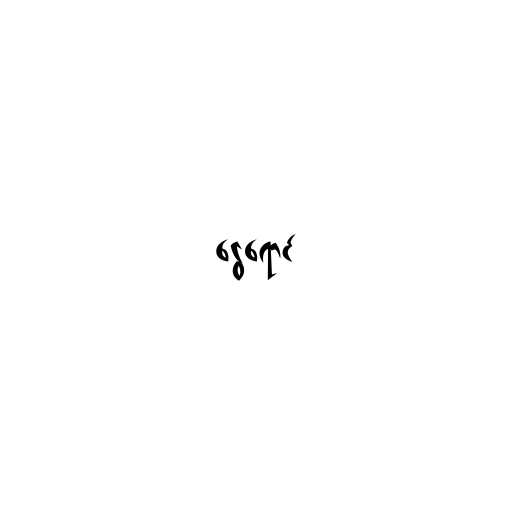
ငွေရောင်